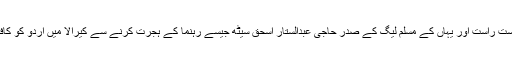
محمد علی جناح کے دست راست اور یہاں کے مسلم لیگ کے صدر حاجی عبدالستار اسحق سیٹھ جیسے رہنما کے ہجرت کرنے سے کیرالا میں اُردو کو کافی نقصان اٹھانا پڑا تھا۔